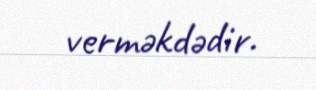
verməkdədir.